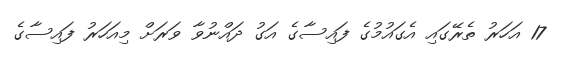
17 އަހަރު ތެރޭގައި އެގައުމުގެ ފައިސާގެ އަގު ދައްނުވާ ވަރަށް މިއަހަރު ފައިސާގެ